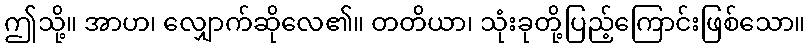
ဤသို့။ အာဟ၊ လျှောက်ဆိုလေ၏။ တတိယာ၊ သုံးခုတို့ပြည့်ကြောင်းဖြစ်သော။